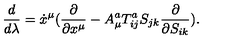
\frac { d } { d \lambda } = \dot { x } ^ { \mu } ( \frac { \partial } { \partial x ^ { \mu } } - A _ { \mu } ^ { a } T _ { i j } ^ { a } S _ { j k } \frac { \partial } { \partial S _ { i k } } ) .